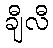
ချီလီ